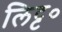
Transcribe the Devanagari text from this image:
लिट्ट०